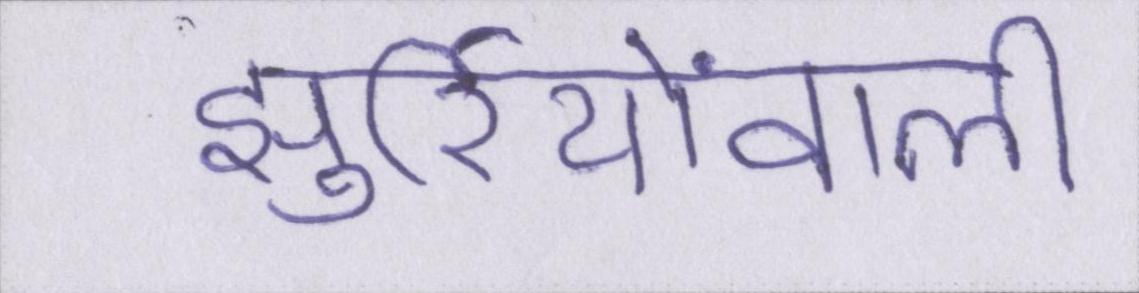
झुर्रियोंवाली